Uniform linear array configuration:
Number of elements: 16
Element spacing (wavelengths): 0.75
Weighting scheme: kaiser
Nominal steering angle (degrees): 15
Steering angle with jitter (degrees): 13.608
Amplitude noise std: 0.05
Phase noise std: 0.05

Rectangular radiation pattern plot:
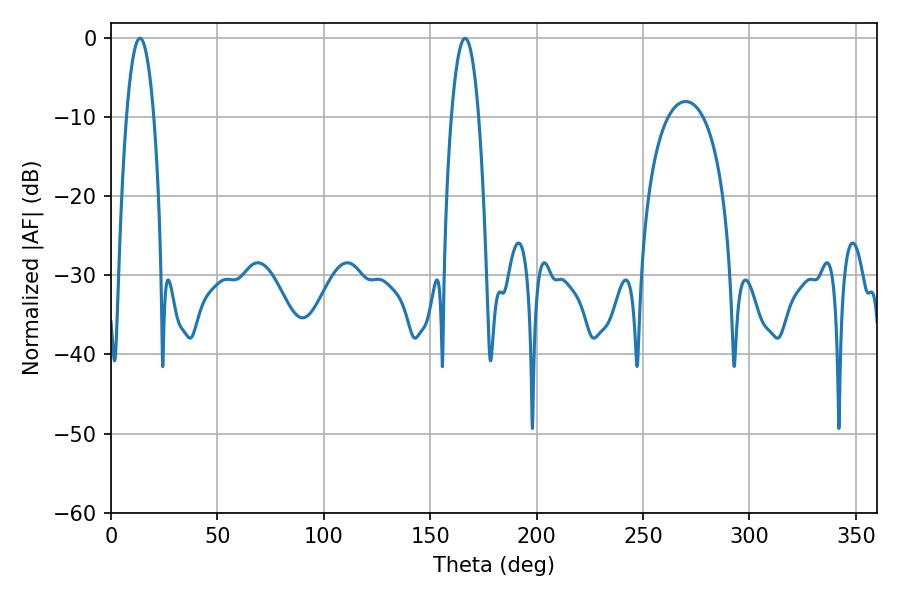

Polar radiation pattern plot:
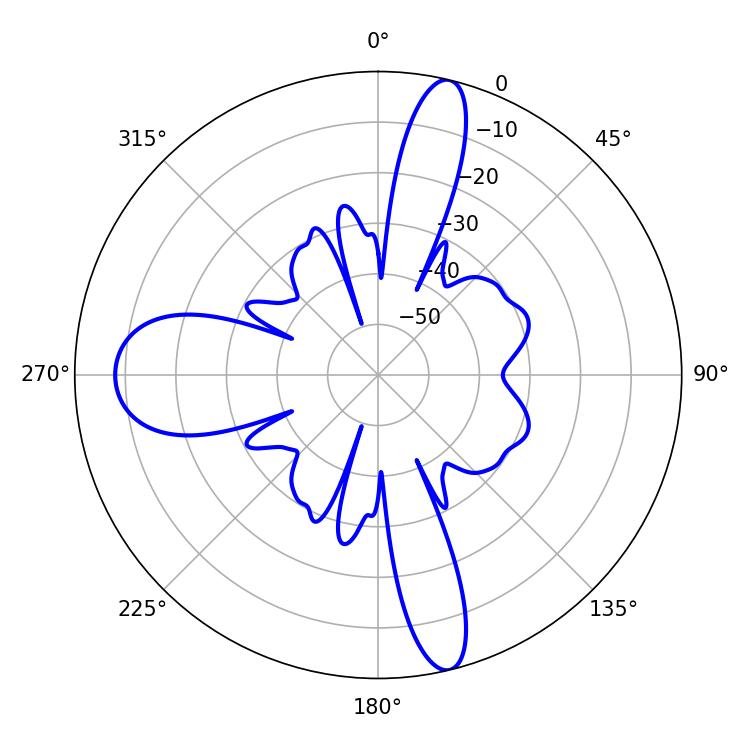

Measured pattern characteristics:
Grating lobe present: TRUE
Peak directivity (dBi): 23.929
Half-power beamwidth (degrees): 7.2
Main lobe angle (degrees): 166.32